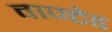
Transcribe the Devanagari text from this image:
वाण्टेड